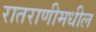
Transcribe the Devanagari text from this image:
रातराणीमधील